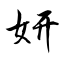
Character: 妍